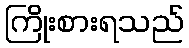
ကြိုးစားရသည်